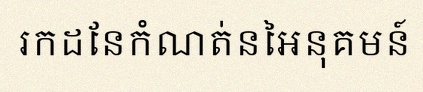
រកដែនកំណត់នៃអនុគមន៍